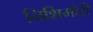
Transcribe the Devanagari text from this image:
निशिमोरी